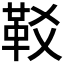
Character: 𩉤